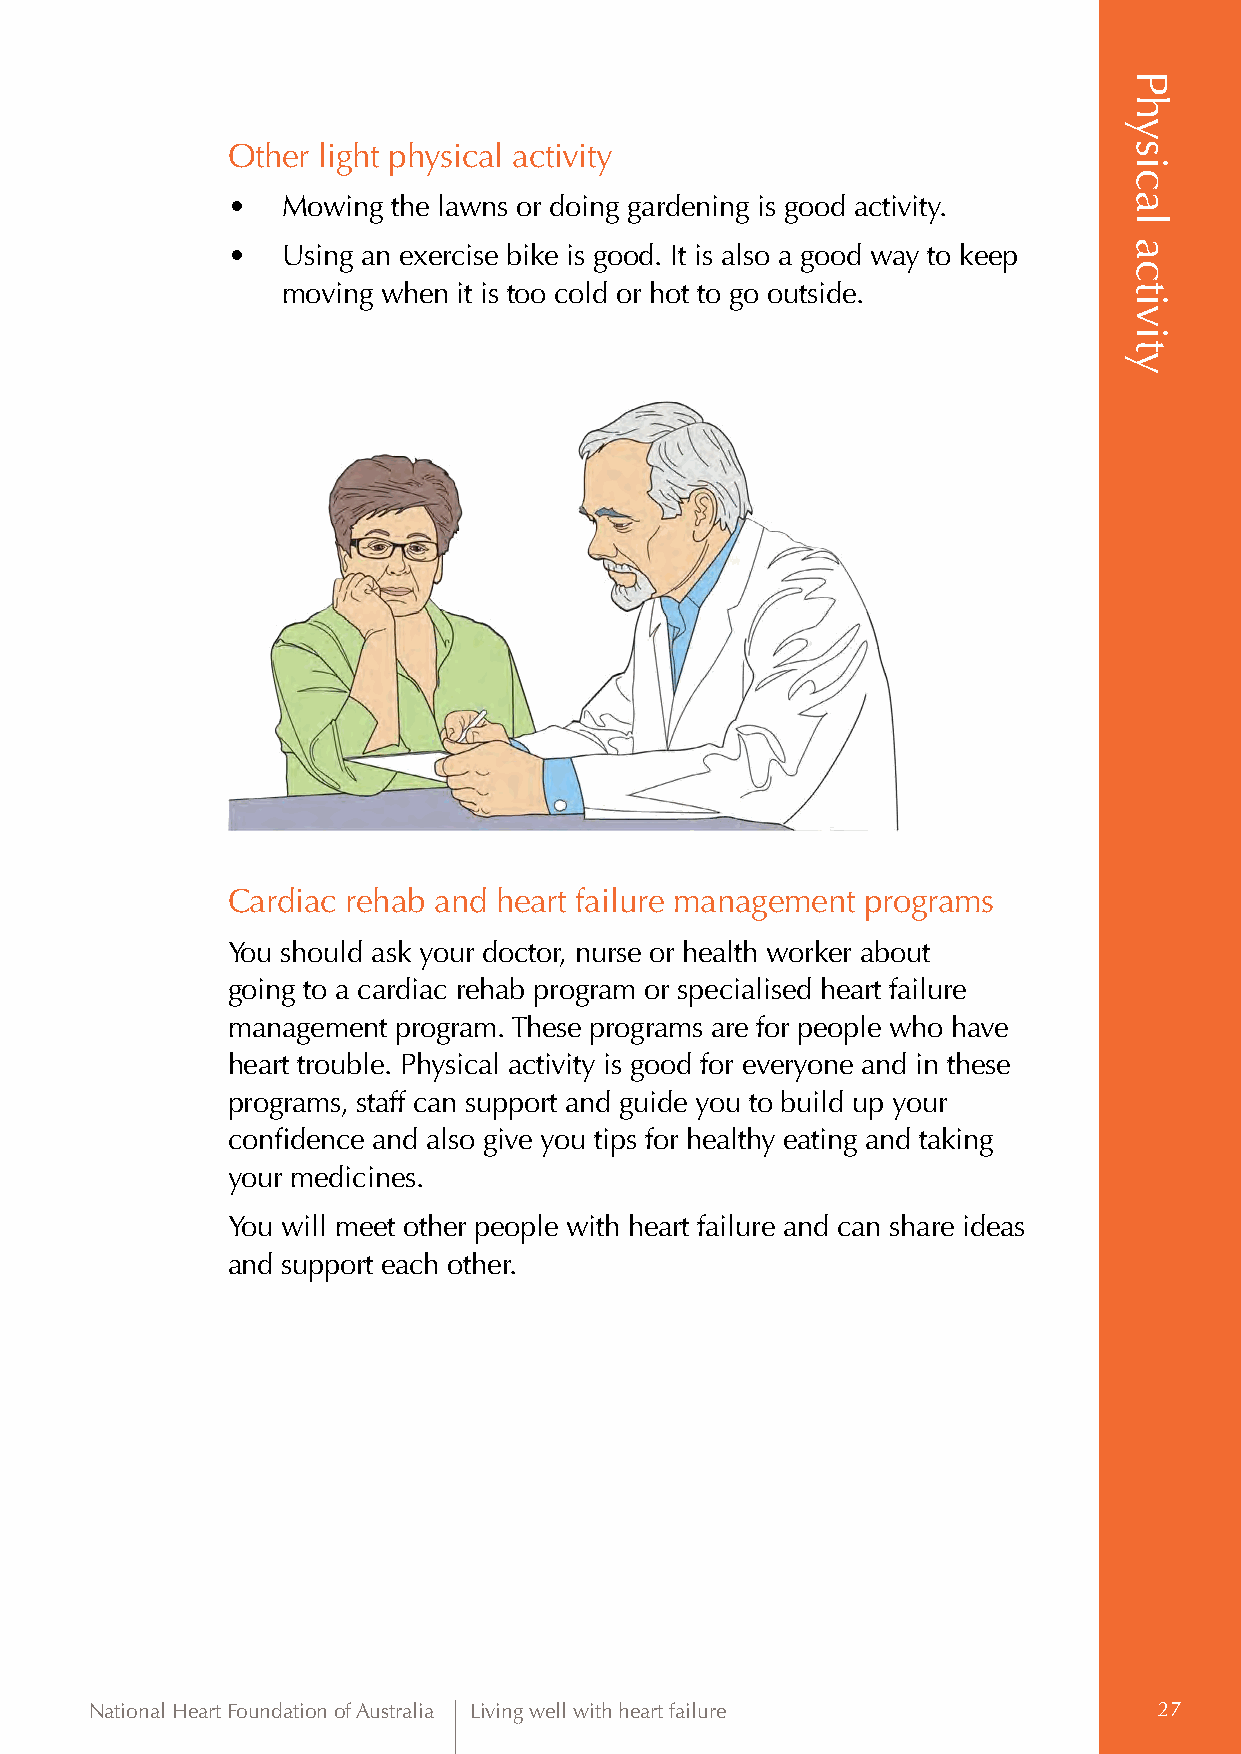
Other light physical activity
 •   Mowing the lawns or doing gardening is good activity.
 •   U sing an exercise bike is good. It is also a good way to keep
 moving when it is too cold or hot to go outside.
 Cardiac rehab and heart failure management programs
 You should ask your doctor, nurse or health worker about
 going to a cardiac rehab program or specialised heart failure
 management program. These programs are for people who have
 heart trouble. Physical activity is good for everyone and in these
 programs, staff can support and guide you to build up your
 confidence and also give you tips for healthy eating and taking
 your medicines.
 You will meet other people with heart failure and can share ideas
 and support each other.
 National Heart Foundation of Australia Living well with heart failure  27
 Physical
 activity